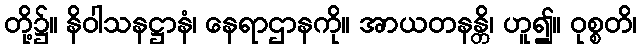
တို့၌။ နိဝါသနဋ္ဌာနံ၊ နေရာဌာနကို။ အာယတနန္တိ၊ ဟူ၍။ ဝုစ္စတိ၊